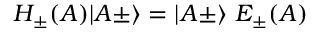
H _ { \pm } ( A ) \vert A \pm \rangle = \vert A \pm \rangle \ E _ { \pm } ( A )